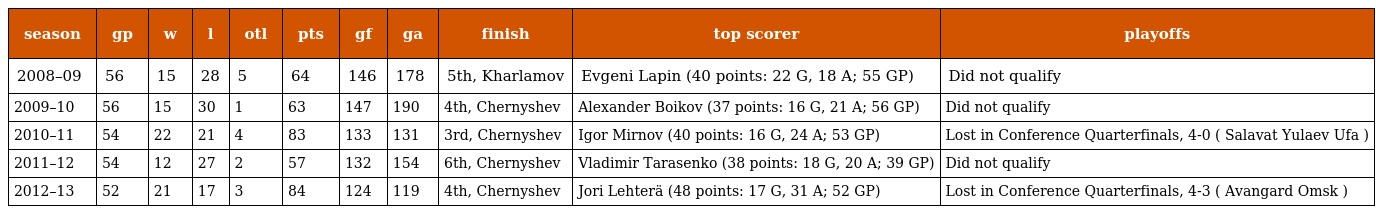
| season | gp | w | l | otl | pts | gf | ga | finish | top scorer | playoffs |
 | --- | --- | --- | --- | --- | --- | --- | --- | --- | --- | --- |
 | 2008–09 | 56 | 15 | 28 | 5 | 64 | 146 | 178 | 5th, Kharlamov | Evgeni Lapin (40 points: 22 G, 18 A; 55 GP) | Did not qualify |
 | 2009–10 | 56 | 15 | 30 | 1 | 63 | 147 | 190 | 4th, Chernyshev | Alexander Boikov (37 points: 16 G, 21 A; 56 GP) | Did not qualify |
 | 2010–11 | 54 | 22 | 21 | 4 | 83 | 133 | 131 | 3rd, Chernyshev | Igor Mirnov (40 points: 16 G, 24 A; 53 GP) | Lost in Conference Quarterfinals, 4-0 ( Salavat Yulaev Ufa ) |
 | 2011–12 | 54 | 12 | 27 | 2 | 57 | 132 | 154 | 6th, Chernyshev | Vladimir Tarasenko (38 points: 18 G, 20 A; 39 GP) | Did not qualify |
 | 2012–13 | 52 | 21 | 17 | 3 | 84 | 124 | 119 | 4th, Chernyshev | Jori Lehterä (48 points: 17 G, 31 A; 52 GP) | Lost in Conference Quarterfinals, 4-3 ( Avangard Omsk ) |